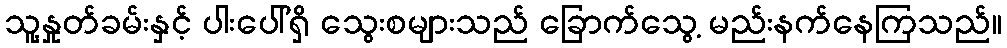
သူ့နှုတ်ခမ်းနှင့် ပါးပေါ်ရှိ သွေးစများသည် ခြောက်သွေ့ မည်းနက်နေကြသည်။